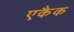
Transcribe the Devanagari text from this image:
एकैक